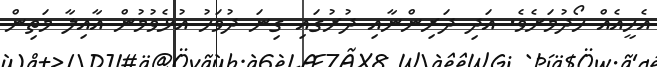
އެހީއެއް ހޯދުމަށެވެ. އަދި ދަރިންނާއި ދުރުގައި ގިނަ ދުވަހު އުޅެވުމުން އާއިލާ މަތިން